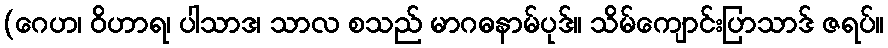
(ဂေဟ၊ ဝိဟာရ၊ ပါသာဒ၊ သာလ စသည် မာဂဓနာမ်ပုဒ်။ သိမ်ကျောင်းပြာသာဒ် ဇရပ်။